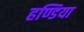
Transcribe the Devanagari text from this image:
हण्डिया